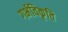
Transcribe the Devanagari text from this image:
गर्भविकृति